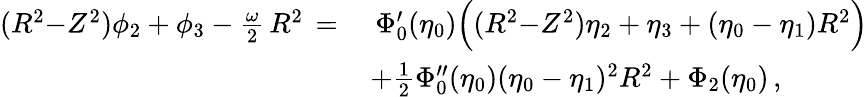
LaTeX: \begin{array}{rl}{(R^{2}{-}Z^{2})\phi_{2}+\phi_{3}-\frac{\omega}{2}\, R^{2}\, =\, }&{\, \Phi_{0}^{\prime}(\eta_{0})\Bigl((R^{2}{-}Z^{2})\eta_{2}+\eta_{3}+(\eta_{0}-\eta_{1})R^{2}\Bigr)}\\ &{+\frac 12\Phi_{0}^{\prime\prime}(\eta_{0})(\eta_{0}-\eta_{1})^{2}R^{2}+\Phi_{2}(\eta_{0})\, ,}\end{array}